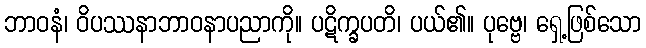
ဘာဝနံ၊ ဝိပဿနာဘာဝနာပညာကို။ ပဋိက္ခပတိ၊ ပယ်၏။ ပုဗ္ဗေ၊ ရှေ့ဖြစ်သော